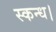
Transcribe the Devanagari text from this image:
स्कन्ध।